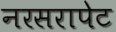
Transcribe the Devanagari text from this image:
नरसरापेट